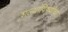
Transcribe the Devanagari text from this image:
शल्यांविषयीचा